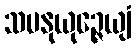
သမနုယုဉ္ဇေယျံ